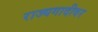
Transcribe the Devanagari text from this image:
राज्यगादीवर